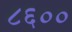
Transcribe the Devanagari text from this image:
८६००